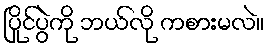
ပြိုင်ပွဲကို ဘယ်လို ကစားမလဲ။